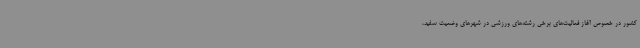
کشور در خصوص آغاز فعالیت‌های برخی رشته‌های ورزشی در شهرهای وضعیت سفید،